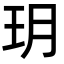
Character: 玥